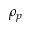
\rho _ { p }